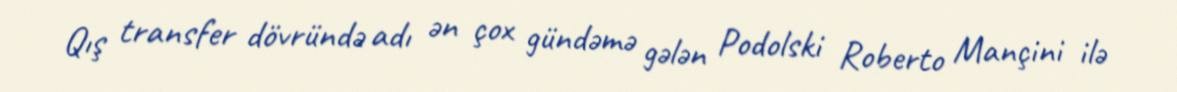
Qış transfer dövründə adı ən çox gündəmə gələn Podolski Roberto Mançini ilə